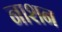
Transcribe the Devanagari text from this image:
नाशन